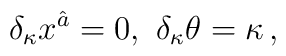
\delta_{\kappa}x^{\hat{a}}=0, \,\, \delta_{\kappa}\theta=\kappa\, ,